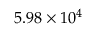
5 . 9 8 \times 1 0 ^ { 4 }